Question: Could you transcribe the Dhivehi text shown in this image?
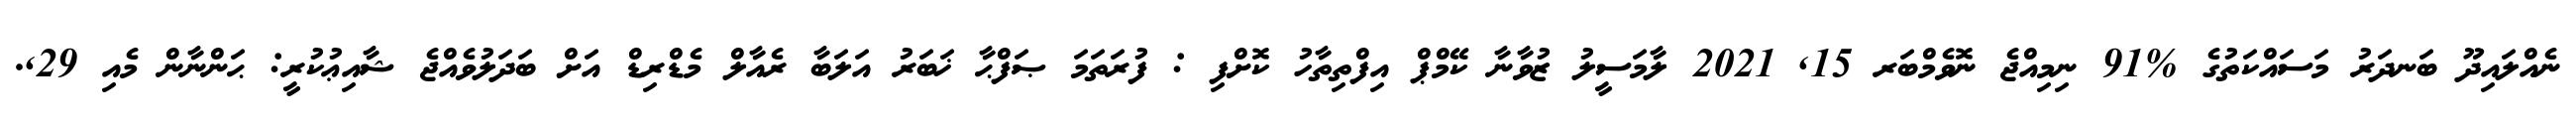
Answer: ނެއްލައިދޫ ބަނދަރު މަސައްކަތުގެ %91 ނިމިއްޖެ ނޮވެމްބަރ 15, 2021 ލާމަސީލު ޒުވާނާ ކޭމްޕް އިފްތިތާހު ކޮށްފި : ފުރަތަމަ ޞަފްޙާ ޚަބަރު އަލަބާ ރެއާލް މެޑްރިޑް އަށް ބަދަލުވެއްޖެ ޝާއިޢުކުރީ: ޙަންނާން މެއި 29,.